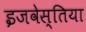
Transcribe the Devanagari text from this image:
इजवेस्तिया